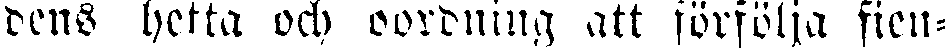
dens hetta och oordning att förfölja fien-